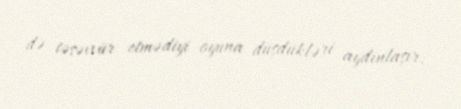
də təsəvvür etmədiyi oyuna düşdükləri aydınlaşır.